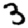
Digit: 3